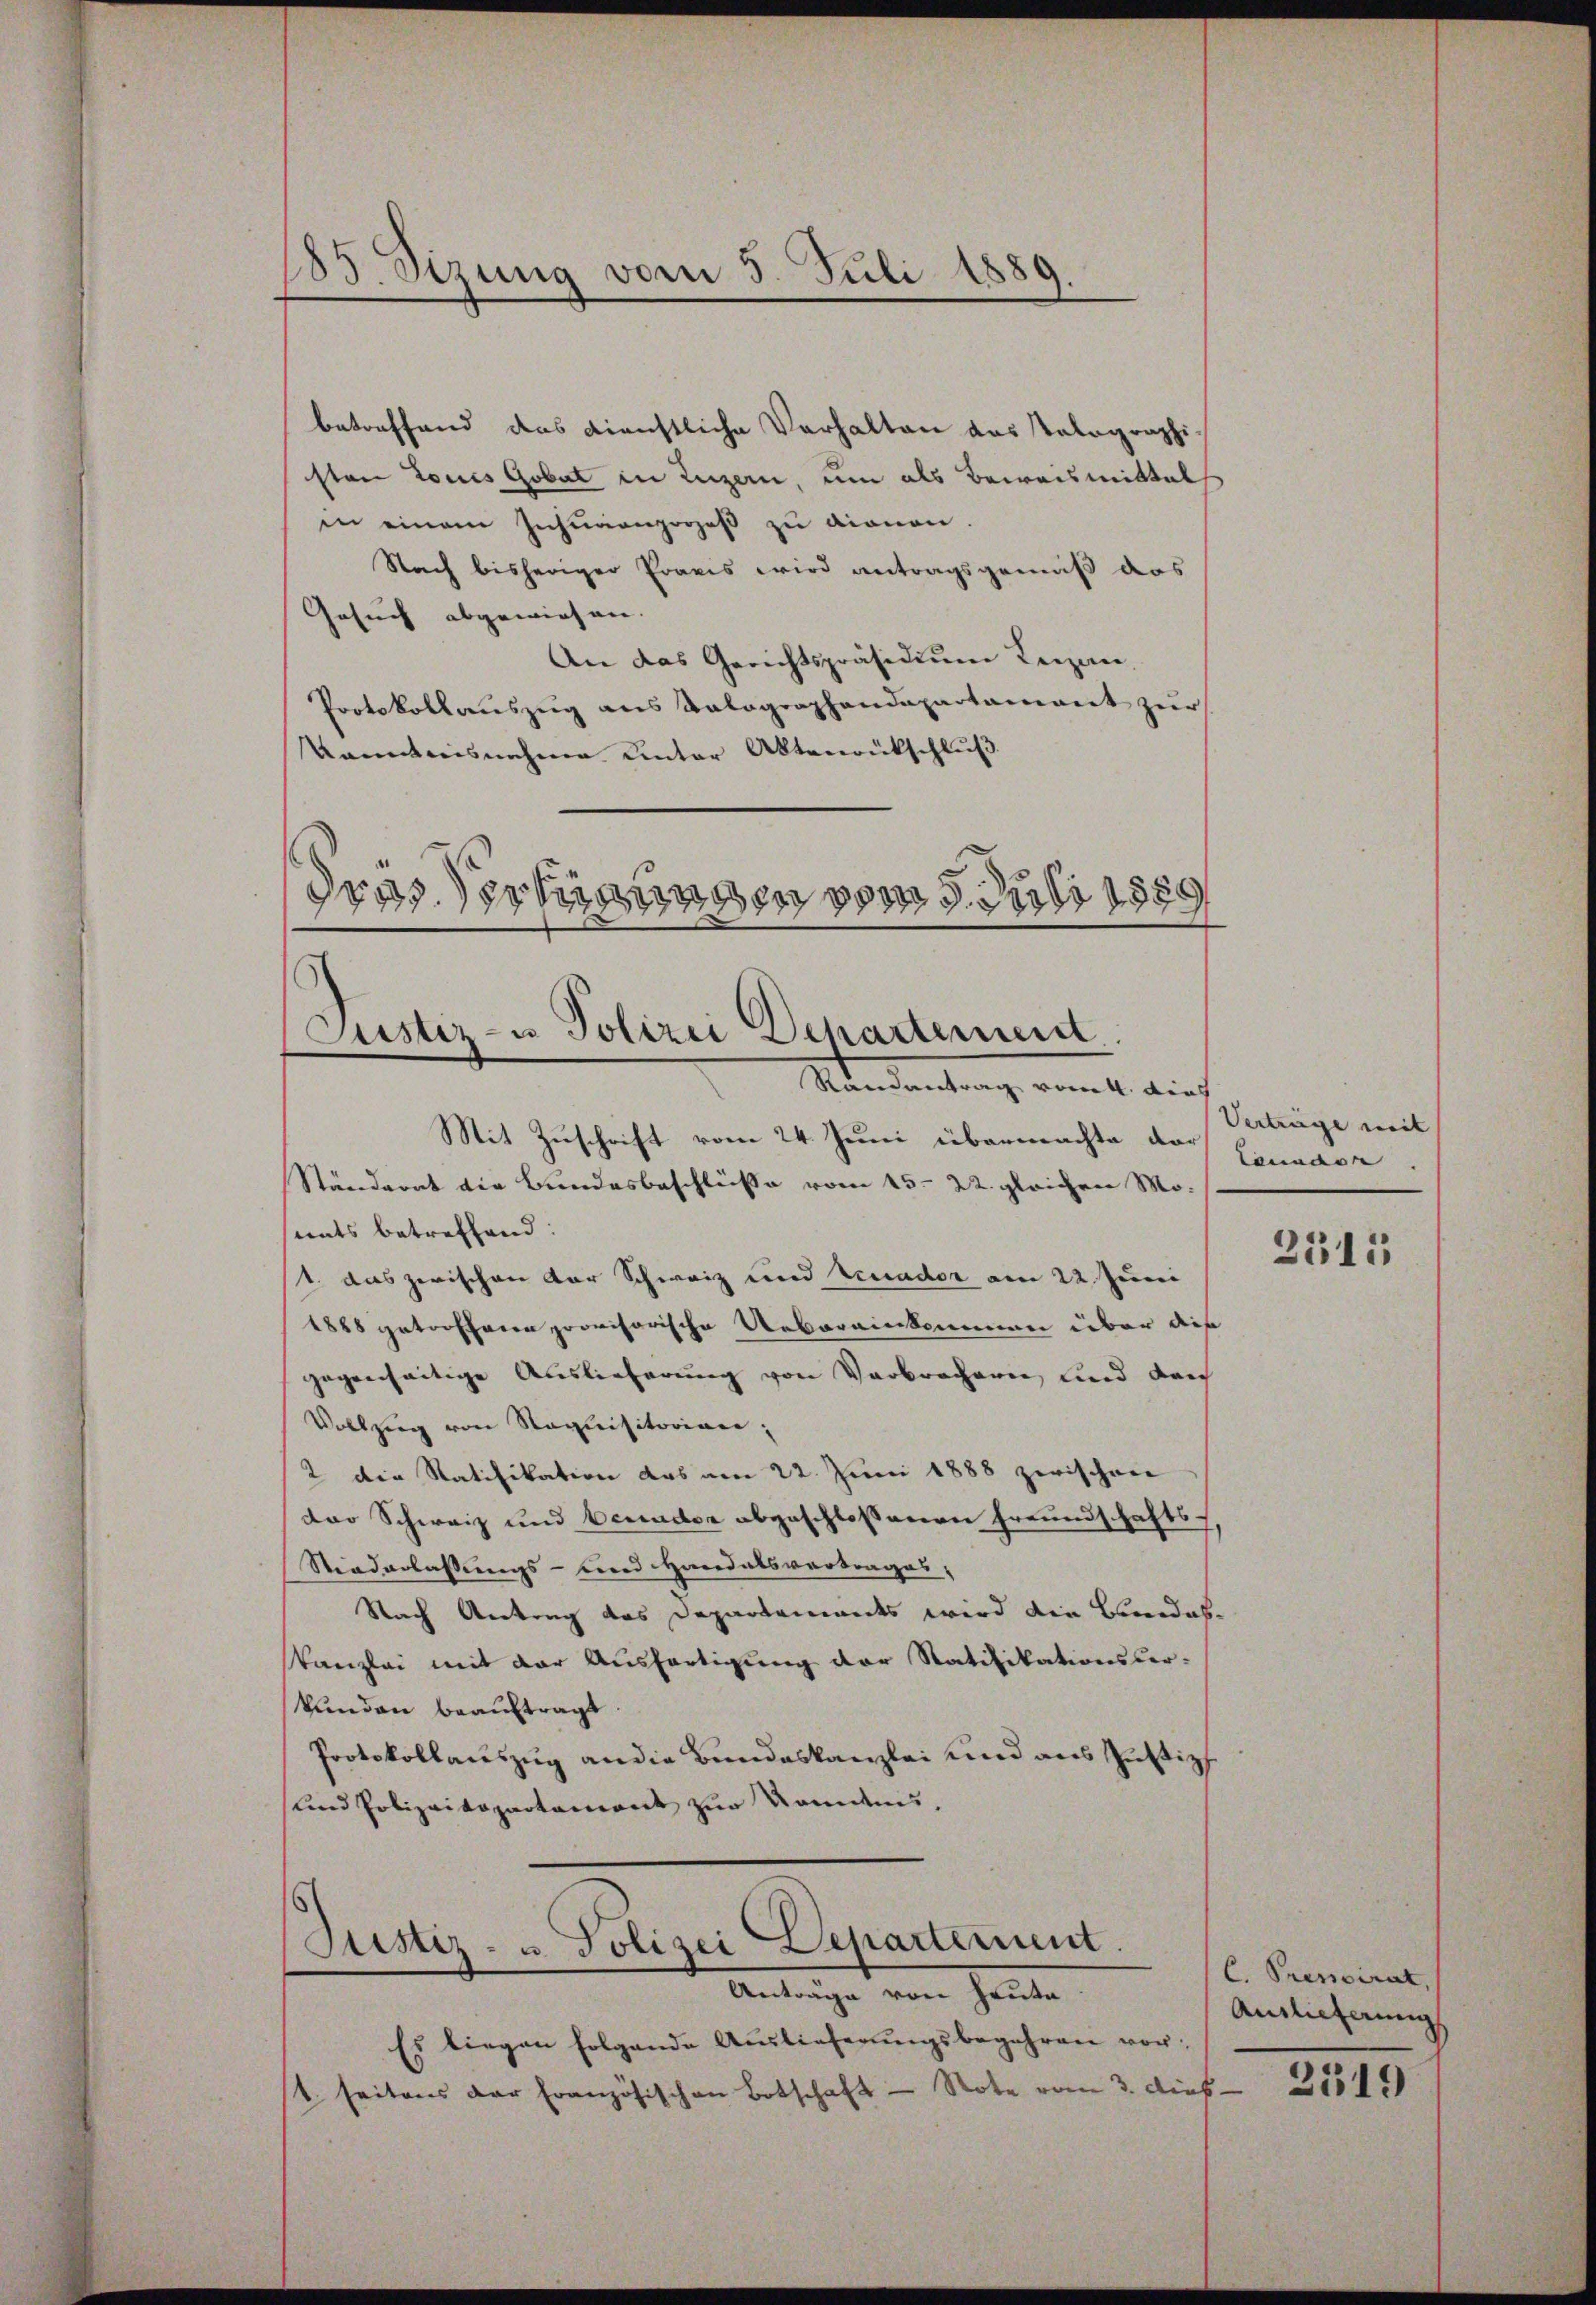
185. Sizung vom 5. Juli 1880

betreffend das dienstliche Verhalten das Tolographi-
sten Tones Gobat in Luzern, um als Beweismittal
in einem Insuranzoges zu dionen.
Nach bisheriger Praxis wird antragsgemäß das
Gesuch abgewiesen. |
An das Gerichtspräsidiŭm Lezan-
Protokollauszug aus Kalographendepartament zur
Kanntnisnahme unter Aktenrückschluß
dres dortigungen vom Juli 1889

Mit Zuschrift vom 24. Juni übermachte dar¬
Ständerat die Bundesbeschlüße vom 15. 22. gleichen Mo-
nats betreffend:
1. das zerischen Dor Schweiz und Seeador am 22. Juni
1888 getrofferen provisorische Uebereinkommen über dis
gegenseitige Auslieferung von Verbrechern und durch
Vollzug von Requisitorien,
2 die Ratifikation das am 22. Juni 1888 zerischen
der Schweiz und beunder abgeschlossenen Freundschafts-
Niederlassungs- und Handelsvortrages,
Nach Antrag des Departements wird die Bandes.
Kanzlei mit der Ausfertigung der Statifikationsler-
kunden beauftragt
Protokollauszug an die Bundeskanzlei und aus Justiz
und Polizeivopartement zur konnten.

C
Justiz- u Polizei Departement
Randantrag vom 4. dies

Justiz- u. Polizei Departement
Anträge von Hauta

Es liegen folgende Auslieferŭngsbegehren vor:
1. seitens der Französischen Botschaft - Note vom 3. Dieb

Verträge mit |
lannac

2315

C. Presciret,
Anlieferung

2519